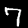
Digit: 7